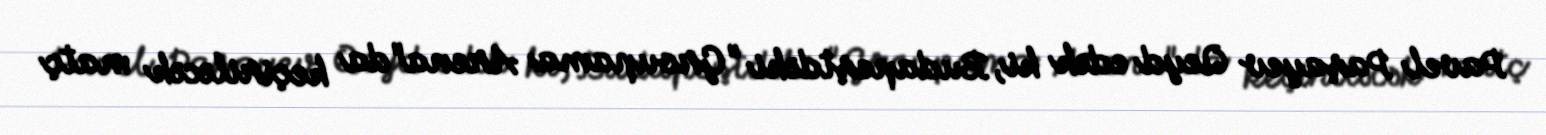
Pavel Paşayev Qeyd edək ki, Budapeştdəki "Groupama Arena"da keçiriləcək matç